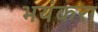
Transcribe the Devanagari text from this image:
भयंकरा